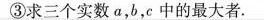
③求三个实数α，b，c中的最大者。